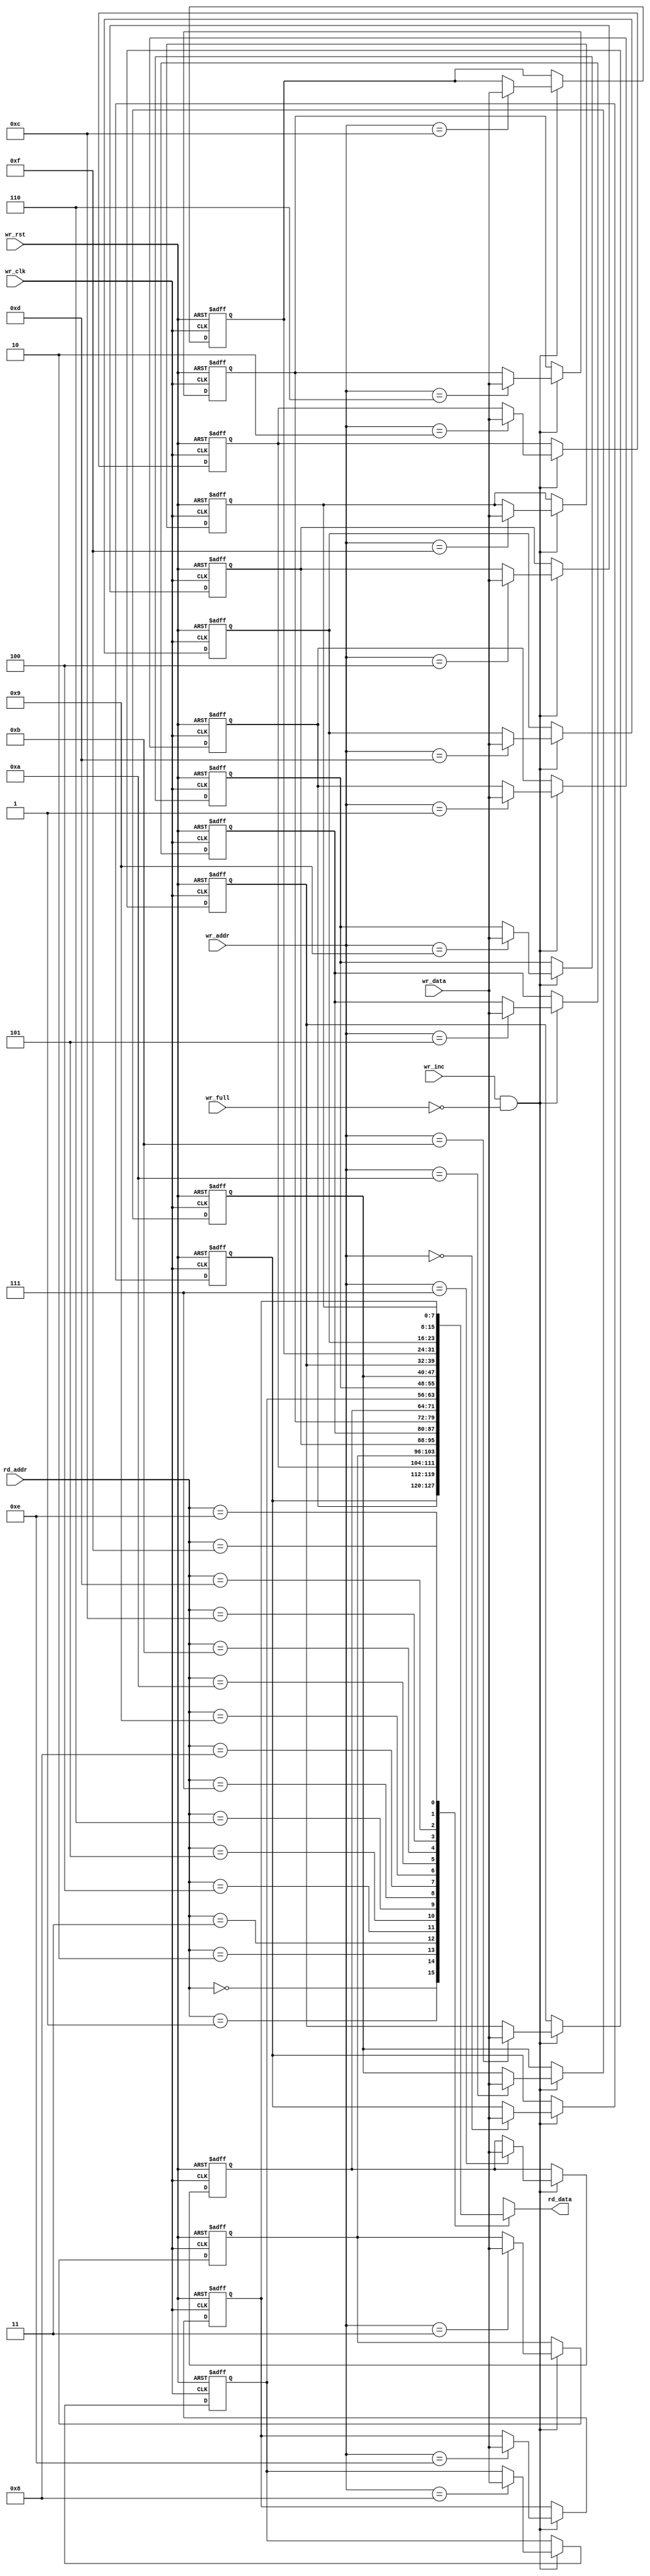
`timescale 1ns / 1ps

//////////////////////////////////////////////////////////////////////////////////
// Diploma: By Eng. Ali Mohamed Eltemsah
// Design Name: DigIC_Dip08_09_CDC
// Module Name: FIFO_MEM
// Project Name: Asynchronous FIFO
//////////////////////////////////////////////////////////////////////////////////


module FIFO_MEM #(parameter DATA_WIDTH = 8, MEM_DEPTH = 16, ADD_WIDTH = $clog2(MEM_DEPTH))(
    input   wire    [DATA_WIDTH - 1 : 0]    wr_data,
    input   wire                            wr_clk,
    input   wire                            wr_rst,
    input   wire                            wr_inc,
    input   wire                            wr_full,
    input   wire    [ADD_WIDTH  - 1 : 0]    wr_addr,
    input   wire    [ADD_WIDTH  - 1 : 0]    rd_addr,
    output  wire    [DATA_WIDTH - 1 : 0]    rd_data
    );

integer i;
reg     [DATA_WIDTH - 1 : 0]    fifo_mem   [MEM_DEPTH - 1 : 0];

always @(posedge wr_clk, negedge wr_rst)
    begin
        if (!wr_rst)
            begin
                for (i = 0; i < MEM_DEPTH; i = i + 1)
                    begin
                        fifo_mem[i] = 'b0;
                    end
            end
        else if (wr_inc && !wr_full)
            begin
                fifo_mem[wr_addr] <= wr_data;
            end
    end
    
assign  rd_data = fifo_mem[rd_addr];

endmodule